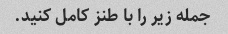
جمله زیر را با طنز کامل کنید.